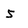
Character: 5